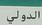
الدولي